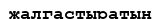
жалгастыратын